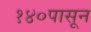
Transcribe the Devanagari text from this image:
१४०पासून